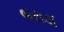
બરાડા